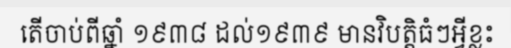
តើចាប់ពីឆ្នាំ ១៩៣៨ ដល់១៩៣៩ មានវិបត្តិធំៗអ្វីខ្លះ